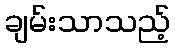
ချမ်းသာသည့်